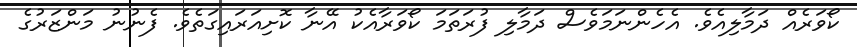
ކޯވަރެއް ދަމާލިއެވެ. އެހެންނަމަވެސް ދަމާލި ފުރަތަމަ ކޯވަރާއެކު އޭނާ ކޮށިއަރައިގަތެވެ. ފެނުނު މަންޒަރުގެ